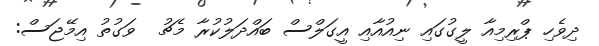
ދިވެހި ޕްރިމިއާ ލީގުގައި ނިއުއާއި އީގަލްސް ބައްދަލުކުރާ މެޗު  ވަގުތު އިމޭޖަސް: